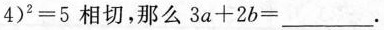
4 )^{2} = 5$$相切，那么$$3 a + 2 b = ___$$.